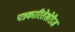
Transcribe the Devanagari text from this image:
पत्रकारितेखेरीज